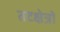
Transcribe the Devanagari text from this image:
तटक्षेत्रों